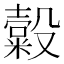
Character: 𣫗